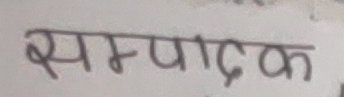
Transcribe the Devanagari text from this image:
सम्पादक